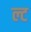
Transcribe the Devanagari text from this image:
ल्ट